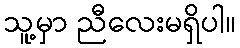
သူ့မှာ ညီလေးမရှိပါ။